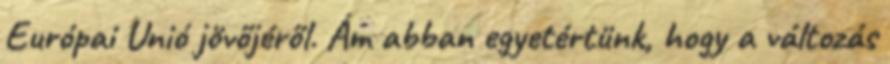
Európai Unió jövőjéről. Ám abban egyetértünk, hogy a változás